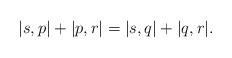
LaTeX: \begin{align*} |s,p| + |p,r| = |s,q|+|q,r|. \end{align*}